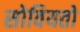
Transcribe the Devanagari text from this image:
सोवियतो